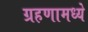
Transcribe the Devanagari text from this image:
ग्रहणामध्ये